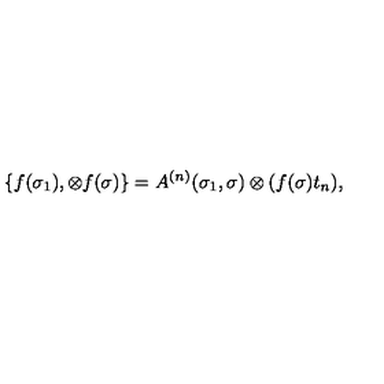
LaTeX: \{ f ( \sigma _ { 1 } ) , \otimes f ( \sigma ) \} = A ^ { ( n ) } ( \sigma _ { 1 } , \sigma ) \otimes ( f ( \sigma ) t _ { n } ) ,